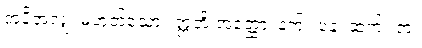
အပိုအလျှံ၊ မဟုတ်သော။ ဣတိ အတ္ထော၊ နက်။ ပန၊ ဆက်။ တံ၊